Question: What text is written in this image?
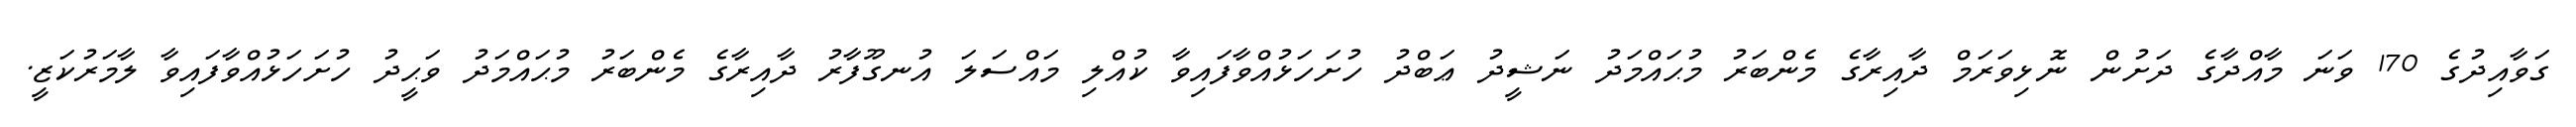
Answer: ގަވާއިދުގެ 170 ވަނަ މާއްދާގެ ދަށުން ނޮޅިވަރަމް ދާއިރާގެ މެންބަރު މުޙައްމަދު ނަޝީދު ޢަބްދު ހުށަހަޅުއްވާފައިވާ ކުއްލި މައްސަލަ އުނގޫފާރު ދާއިރާގެ މެންބަރު މުޙައްމަދު ވަޙީދު ހުށަހަޅުއްވާފައިވާ ލާމަރުކަޒީ.